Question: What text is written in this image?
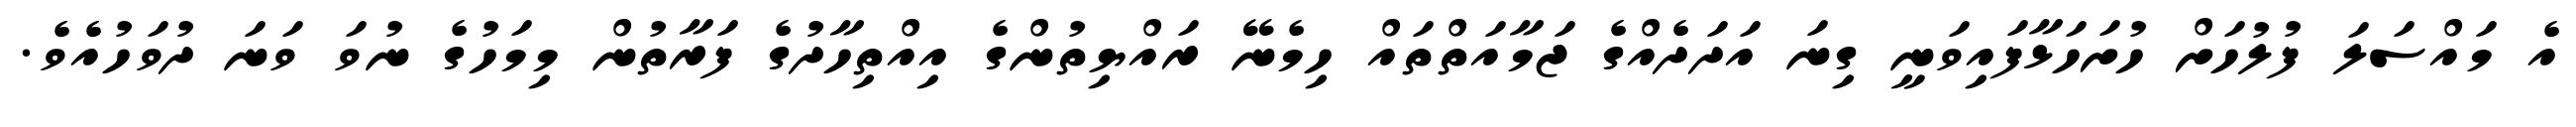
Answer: އެ މައްސަލަ ފުލުހަށް ހުށަހަޅާފައިވަނީ ގިނަ އަދަދެއްގެ ޖަމާއަތްތައް ހިމެނޭ ރައްޔިތުންގެ އިއްތިހާދުގެ ފަރާތުން މިމަހުގެ ނުވަ ވަނަ ދުވަހުއެވެ.